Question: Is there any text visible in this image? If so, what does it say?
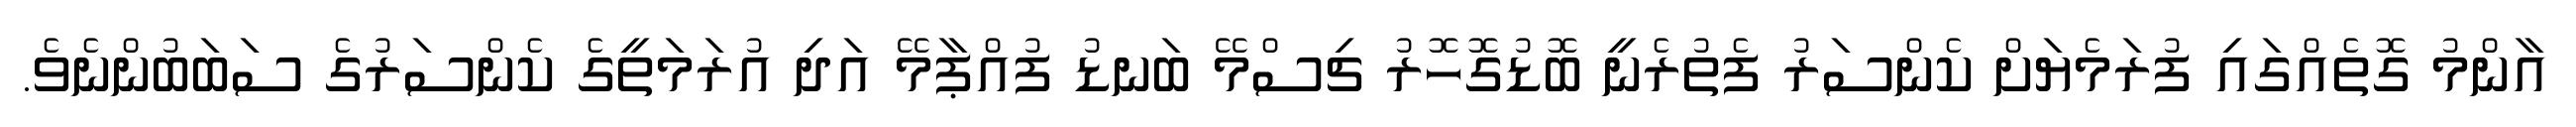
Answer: އާންމު ގޮތެއްގައި ފުރަމެޔަށް ކެންސަރު ފެތުރެނީ ބޮޑުގޮހޮރު ޗިސްމޭ ބަނޑު ފުއްޕާމޭ އަދި އުރަމަތީގެ ކެންސަރުގެ ސަބަބުންނެވެ.